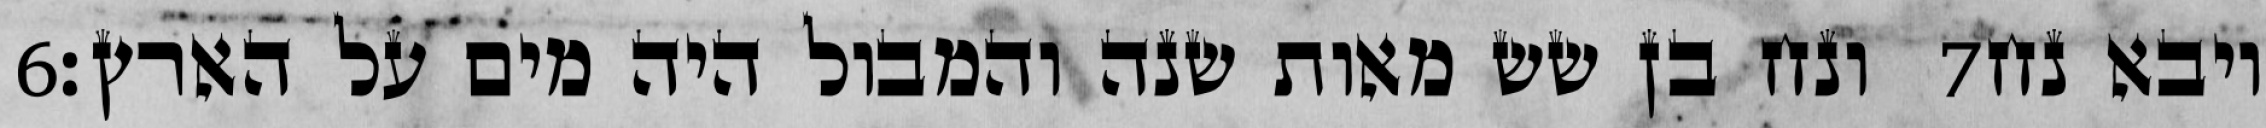
‎6‏ ונח בן שש מאות שנה והמבול היה מים על הארץ׃ ‎7‏ ויבא נח